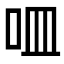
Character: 𠰘